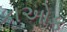
કાઓક